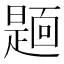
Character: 𮧏